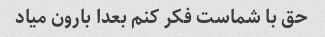
حق با شماست فکر کنم بعدا بارون میاد